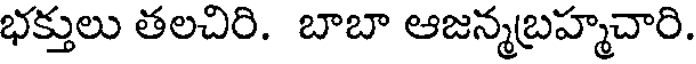
భక్తులు తలచిరి. బాబా ఆజన్మబ్రహ్మచారి.